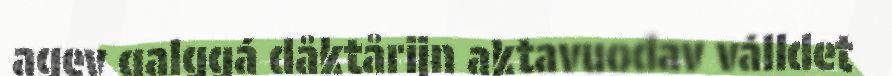
agev galggá dåktårijn aktavuodav válldet